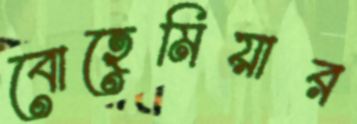
বোহেমিয়ার